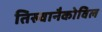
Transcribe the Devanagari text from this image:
तिरुवानैकोविल